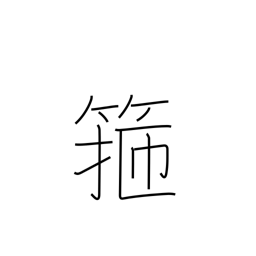
Meaning: barrel hoop